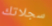
سجلاتك